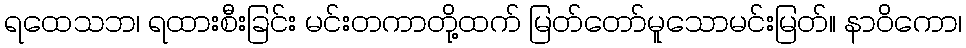
ရထေသဘ၊ ရထားစီးခြင်း မင်းတကာတို့ထက် မြတ်တော်မူသောမင်းမြတ်။ နာဝိကော၊